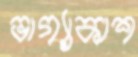
ভাগ্যাকাশ